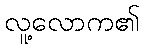
လူ့လောက၏